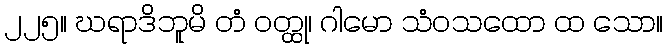
၂၂၅။ ဃရာဒိဘူမိ တံ ဝတ္ထု၊ ဂါမော သံဝသထော ထ သော။